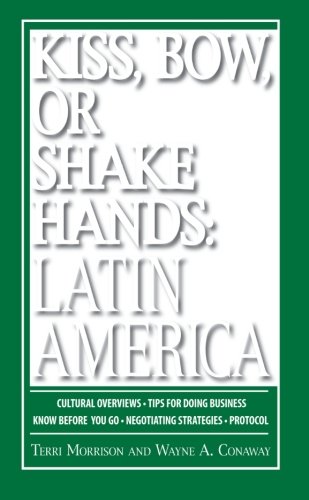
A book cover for Kiss, Bow, Or Shake Hands Latin America: How to Do Business in 18 Latin American Countries; Terri Morrison; Business & Money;